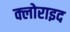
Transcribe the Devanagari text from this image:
क्लोराइद